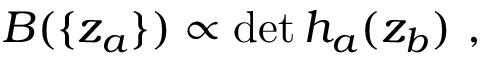
B ( \{ z _ { a } \} ) \propto \operatorname * { d e t } h _ { a } ( z _ { b } ) \ ,